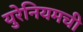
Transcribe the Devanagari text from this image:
युरेनियमची